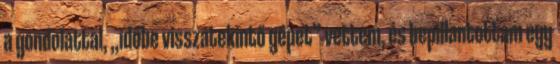
a gondolattal, „időbe visszatekintő gépet” vettem, és bepillantottam egy